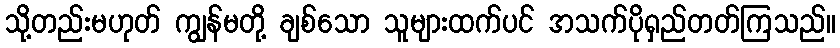
သို့တည်းမဟုတ် ကျွန်မတို့ ချစ်သော သူများထက်ပင် အသက်ပိုရှည်တတ်ကြသည်။